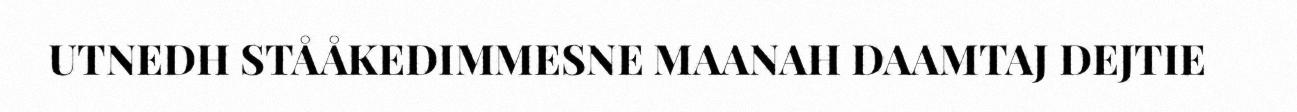
UTNEDH STÅÅKEDIMMESNE MAANAH DAAMTAJ DEJTIE